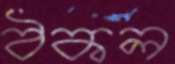
ঠকল